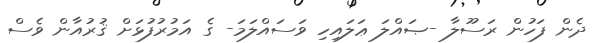
ދެން ފަހުން ރަސޫލާ -ޞައްލަ ޢަލައިހި ވަސައްލަމަ- ގެ އަމުރުފުޅަށް ޤުރުއާން ވެސް